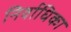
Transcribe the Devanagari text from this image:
निर्वाधिका